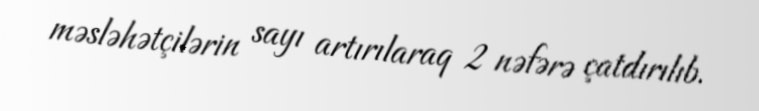
məsləhətçilərin sayı artırılaraq 2 nəfərə çatdırılıb.